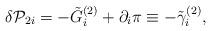
LaTeX: \begin{align*}\delta {\cal P}_{2i}=-\tilde G_i^{(2)}+\partial _i\pi \equiv-\tilde \gamma _i^{(2)},\end{align*}